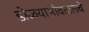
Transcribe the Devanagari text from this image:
डोळयाभोवतालचे